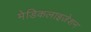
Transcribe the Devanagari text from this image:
मेडिकलाइज़ेशन